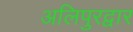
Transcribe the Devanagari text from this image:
अलिपुरद्वार